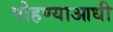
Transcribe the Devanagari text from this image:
पोहण्याआधी